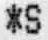
*S